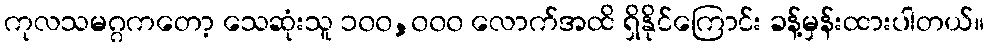
ကုလသမဂ္ဂကတော့ သေဆုံးသူ ၁၀၀,၀၀၀ လောက်အထိ ရှိနိုင်ကြောင်း ခန့်မှန်းထားပါတယ်။